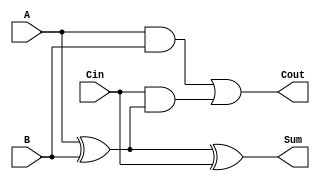
module FullAdder (
    input wire A,      // First input bit
    input wire B,      // Second input bit
    input wire Cin,    // Carry-in bit
    output wire Sum,   // Sum output
    output wire Cout   // Carry-out output
);

    // Intermediate signals
    wire AB_xor;       // Intermediate result from A XOR B
    wire AB_and;       // A AND B
    wire Cin_and;      // Cin AND (A XOR B)

    // First XOR gate for A and B
    assign AB_xor = A ^ B;

    // Second XOR gate for Sum
    assign Sum = AB_xor ^ Cin;

    // First AND gate for Cout
    assign AB_and = A & B;

    // Second AND gate for Cout
    assign Cin_and = Cin & AB_xor;

    // OR gate for Cout
    assign Cout = AB_and | Cin_and;

endmodule